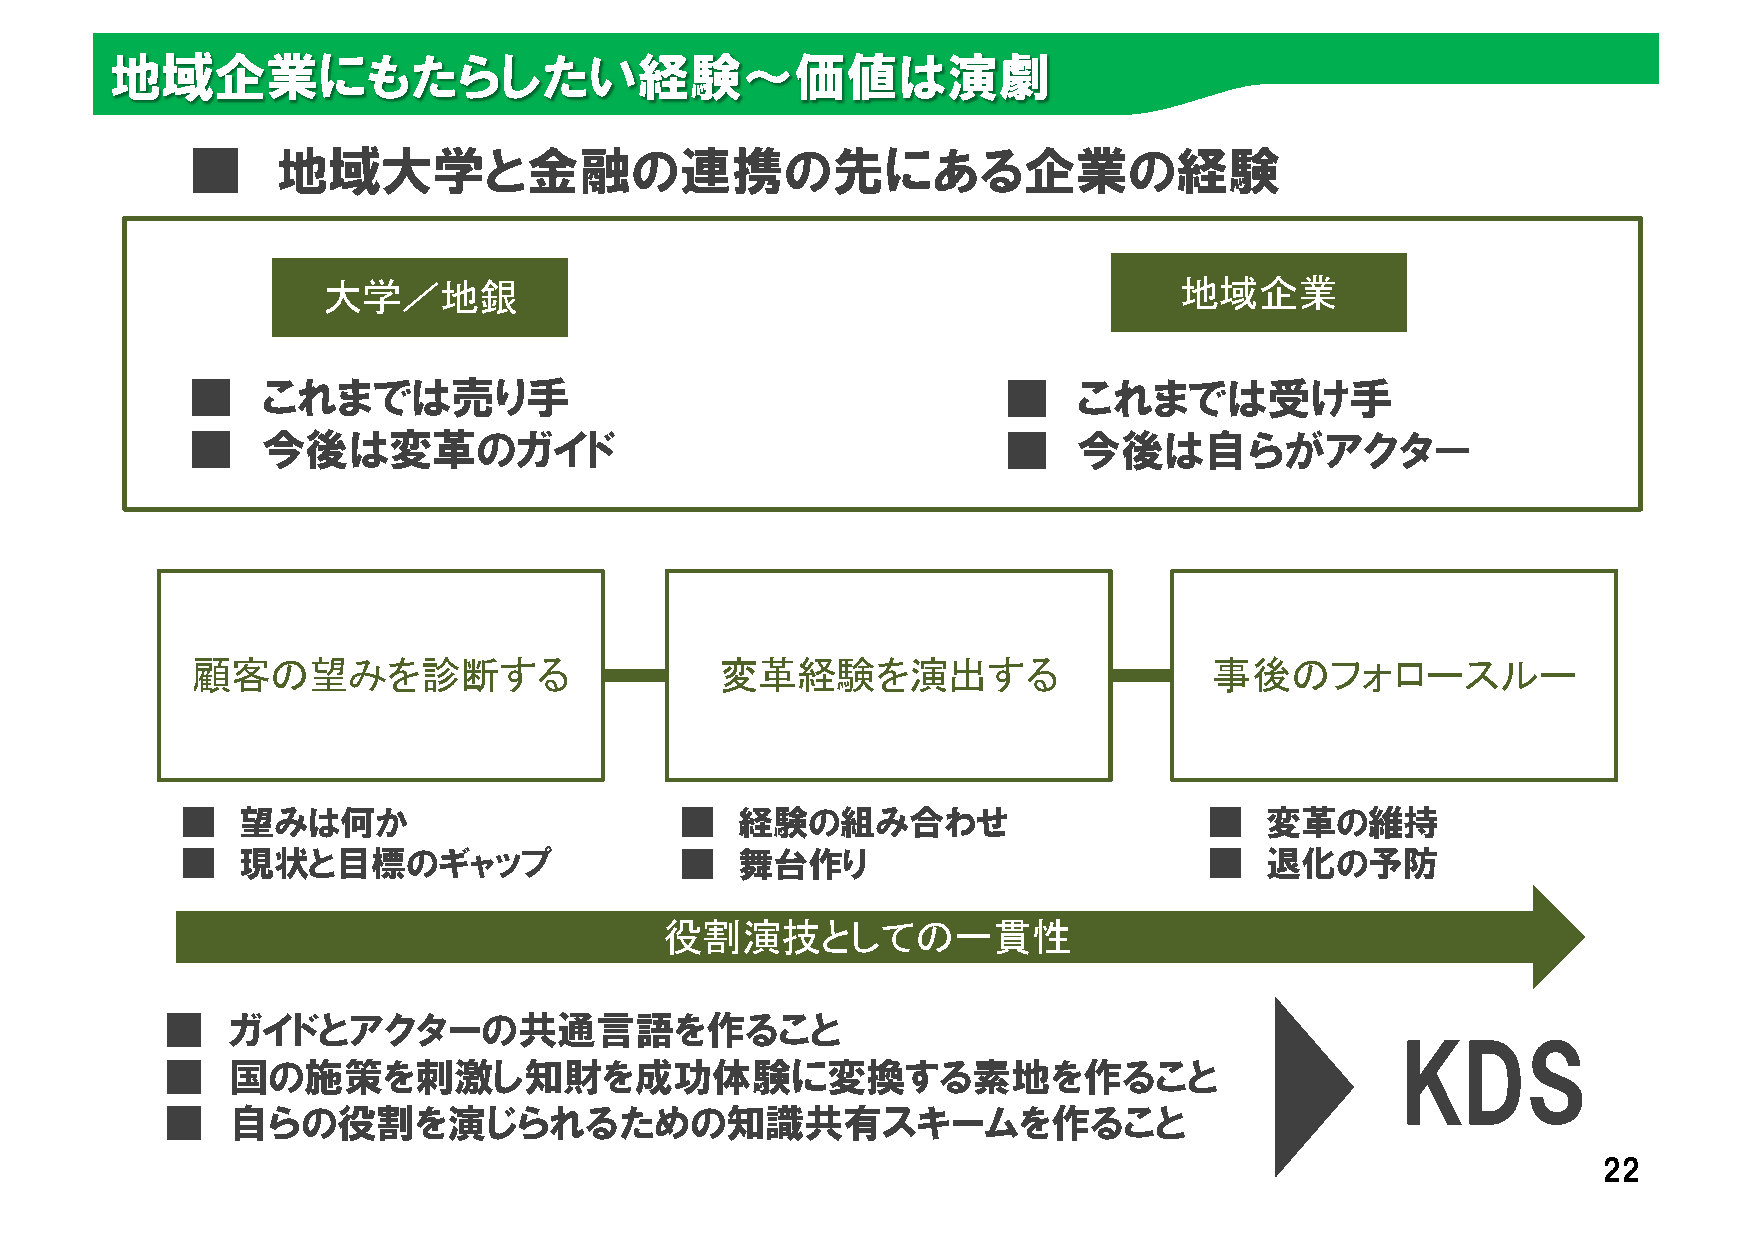
地域企業にもたらしたい経験〜価値は演劇
 ■    地域大学と金融の連携の先にある企業の経験
 大学／地銀                                                    地域企業
 ■   これまでは売り手                                         ■    これまでは受け手
 ■   今後は変革のガイド                                        ■    今後は自らがアクター
 顧客の望みを診断する                         変革経験を演出する                       事後のフォロースルー
 ■   望みは何か                        ■   経験の組み合わせ                       ■   変革の維持
 ■   現状と目標のギャップ                   ■   舞台作り                           ■   退化の予防
 役割演技としての一貫性
 ■   ガイドとアクターの共通言語を作ること
 KDS
 ■   国の施策を刺激し知財を成功体験に変換する素地を作ること
 ■   自らの役割を演じられるための知識共有スキームを作ること
 22